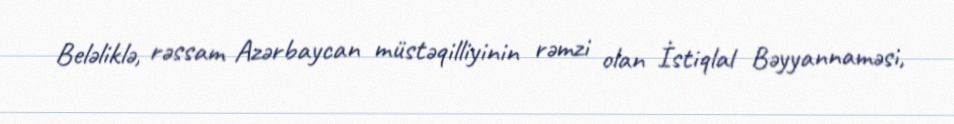
Beləliklə, rəssam Azərbaycan müstəqilliyinin rəmzi olan İstiqlal Bəyyannaməsi,